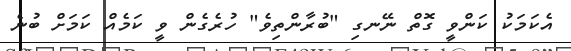
އެކަމަކު ކަންވީ ގޮތް ނޭނގި "ބުރާންތިވެ" ހުރެގެން ވީ ކަމެއް ކަމަށް ބުނެ